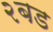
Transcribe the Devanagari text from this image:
२बड